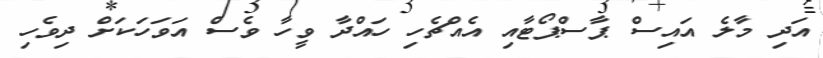
އަދި މާލެ އައިސް ޕާސްޕޯޓާއި އެއްޗެހި ހައްދާ ވީހާ ވެސް އަވަހަކަށް ދިވެހި